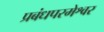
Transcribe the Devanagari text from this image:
प्रबंधपरमेश्वर